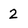
Character: 2